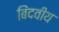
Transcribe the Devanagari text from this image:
बिंदवीय